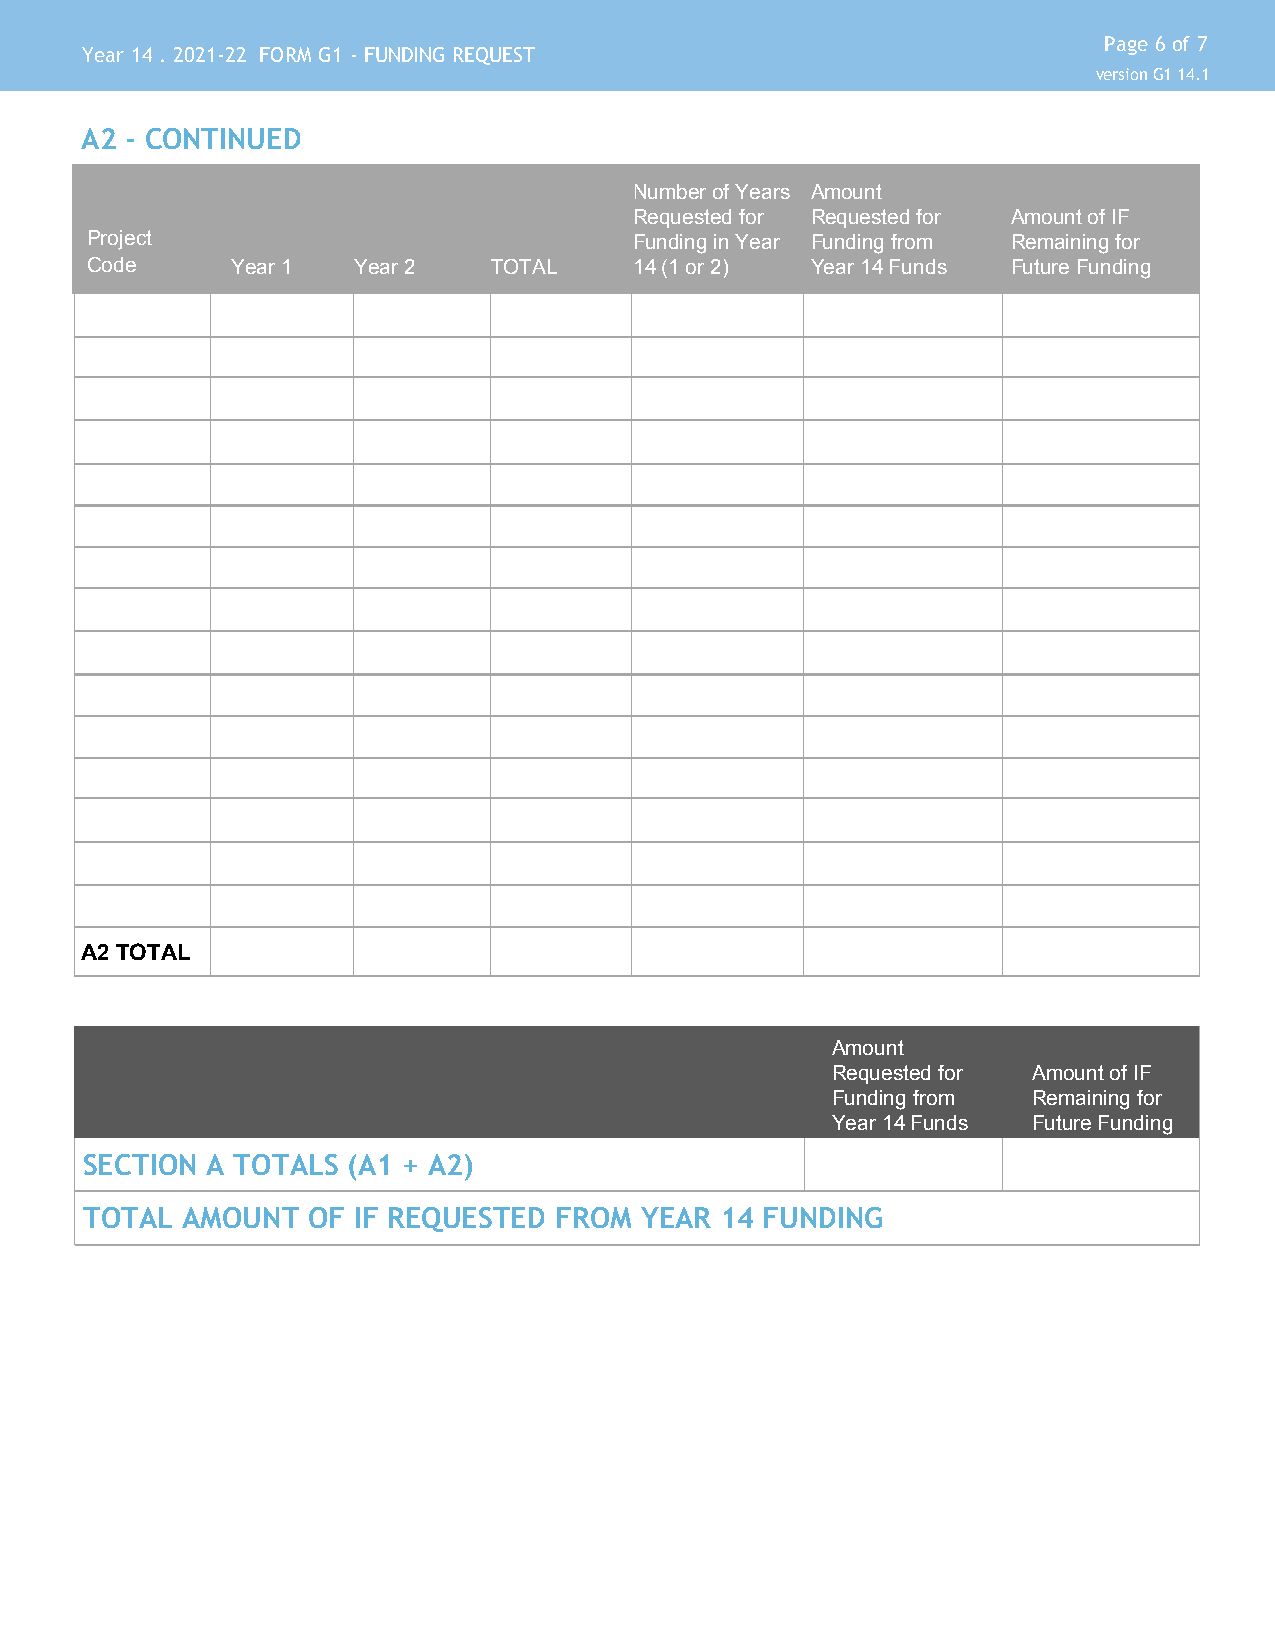
Page 6 of 7
 Year 14 . 2021-22 FORM G1 - FUNDING REQUEST
 version G1 14.1
 A2 - CONTINUED
 Number of Years Amount
 Requested for Requested for Amount of IF
 Project                             Funding in Year Funding from Remaining for
 Code     Year 1  Year 2   TOTAL     14 (1 or 2) Year 14 Funds Future Funding
 A2 TOTAL
 Amount
 Requested for Amount of IF
 Funding from Remaining for
 Year 14 Funds Future Funding
 SECTION A TOTALS (A1 + A2)
 TOTAL AMOUNT  OF IF REQUESTED  FROM YEAR  14 FUNDING